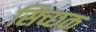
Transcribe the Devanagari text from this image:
सिच्‍छक